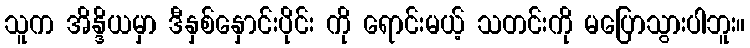
သူက အိန္ဒိယမှာ ဒီနှစ်နှောင်းပိုင်း ကို ရောင်းမယ့် သတင်းကို မပြောသွားပါဘူး။